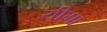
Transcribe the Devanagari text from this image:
यीमा